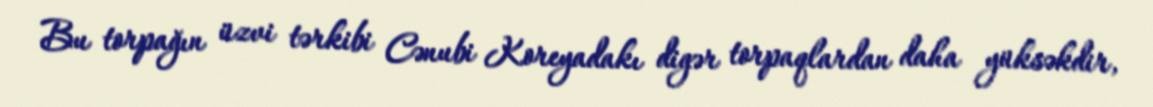
Bu torpağın üzvi tərkibi Cənubi Koreyadakı digər torpaqlardan daha yüksəkdir,